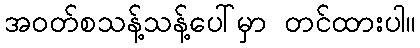
အဝတ်စသန့်သန့်ပေါ်မှာ တင်ထားပါ။